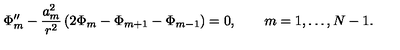
\Phi _ { m } ^ { \prime \prime } - \frac { a _ { m } ^ { 2 } } { r ^ { 2 } } \left( 2 \Phi _ { m } - \Phi _ { m + 1 } - \Phi _ { m - 1 } \right) = 0 , \qquad m = 1 , \ldots , N - 1 .